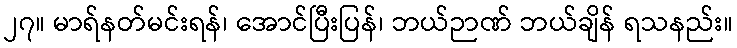
၂၇။ မာရ်နတ်မင်းရန်၊ အောင်ပြီးပြန်၊ ဘယ်ဉာဏ် ဘယ်ချိန် ရသနည်း။